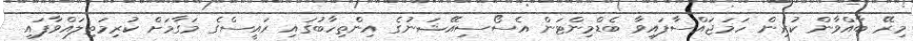
މިރޭ ބާއްވާން ކުރިން ހަމަޖައްސާފައިވާ ބެޑްމިންޓަން އެސޯސިއޭޝަނުގެ އިންތިހާބުގައި ރައީސްގެ މަގާމަށް ކުރިމަތިލައްވާފައި